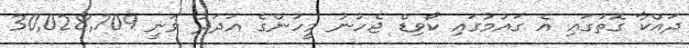
ދައްކާ ގޮތުގައި އެ ގައުމުގައި ކޯވިޑް ޖެހުނު މީހުންގެ އަދަދު ވަނީ 30